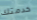
خدمتك